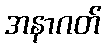
အနာဂတ်